Report on vaccination in Madras 1904-1921 - 1904-1921
Year: 1904
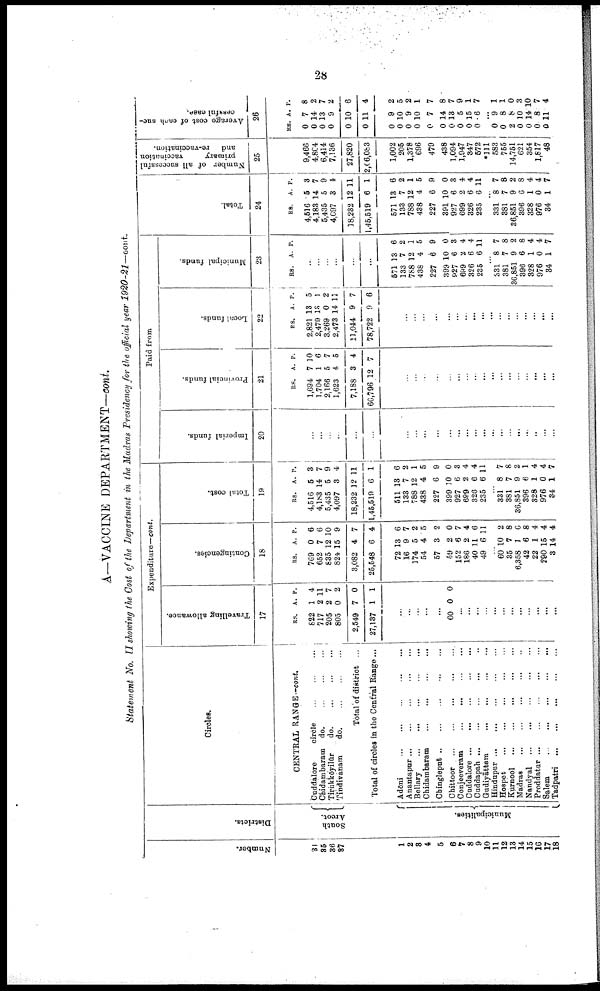
28
A—VACCINE DEPARTMENT—cont.
Statement No. II showing the Cost of the Department in the Madras Presidency for the official year 1920-21—cont.
Number.
31
35
36
37
1
2
3
4
5
6
7
8
9
10
11
12
13
14
15
16
17
18
Districts.
South
Arcot.
Municipalities.
Circles.
CENTRAL RANGE—cont.
Cuddalore
circle ... ... ...
Chidambaram do.
...
...
...
Tirukkoyilūr
do.
...
...
...
Tindivanam
do.
...
...
...
Total of district ...
Total of circles in the Central Range ...
Adōni
...
...
...
...
...
Anantapur
...
...
...
...
...
Bellary
...
...
...
...
...
Chidambaram
...
...
...
...
Chingleput
...
...
...
...
...
Chittoor
...
...
...
...
...
Conjeeveram
...
...
...
...
Cuddalore
...
...
...
...
...
Cuddapah ... ... ... ... ...
Gudiyāttam
...
...
...
...
...
Hindupur
...
...
...
...
...
Hospet
...
...
...
...
...
Kurnool ... ... ... ... ...
Madras
...
...
...
...
...
Nandyal
...
...
...
...
...
Proddatur
...
...
...
...
...
Salem
...
...
...
...
...
Tadpatri
...
...
...
...
...
Expenditure—cont.
Travelling allowance.
17
RS.
822
717
205
805
2,549
27,187
A.
1
2
2
0
7
1
P.
4
11
7
2
0
1
...
...
...
...
...
60 0 0
...
...
...
...
...
...
...
...
...
...
...
...
Contingencies.
18
RS.
769
652
835
824
3,082
25,548
72
16
174
54
57
59
152
186
40
49
A.
0
7
12
15
4
6
13
9
5
4
3
2
6
2
11
6
P.
6
6
10
9
7
4
6
7
2
5
2
0
7
4
6
11
...
60
35
6,358
42
22
290
3
10
7
1
6
1
15
14
2
8
6
8
4
4
4
Total cost.
19
RS.
4,516
4,183
5,435
4,097
18,232
1,45,519
511
133
788
438
227
399
927
699
326
235
A.
5
14
5
3
12
6
13
7
12
4
6
10
6
2
6
6
P.
3
7
9
4
11
1
6
2
1
5
9
0
3
4
4
11
...
331
381
36,851
396
328
976
34
8
7
9
6
1
0
1
7
8
2
1
4
4
7
Paid from
Imperial funds.
20
...
...
...
...
...
...
...
...
...
...
...
...
...
...
...
...
...
...
...
...
...
...
...
...
Provincial funds.
21
RS.
1,694
1,704
2,166
1,623
7,188
66,796
A.
7
1
5
4
3
12
P.
10
6
7
5
4
7
...
...
...
...
...
...
...
...
...
...
...
...
...
...
...
...
...
...
Local funds.
22
RS.
2,821
2,479
3,269
2,473
11,044
78,722
A.
13
18
0
14
9
9
P.
5
1
2
11
7
6
...
...
...
...
...
...
...
...
...
...
...
...
...
...
...
...
...
...
Municipal funds.
23
RS. A. P.
...
...
...
...
...
...
571
133
788
438
227
399
927
699
326
235
13
7
12
4
6
10
6
2
6
6
6
2
1
5
9
0
3
4
4
11
...
331
381
36,851
396
328
976
34
8
7
9
6
1
0
1
7
8
2
8
4
4
7
Total.
24
RS.
4,516
4,183
5,435
4,097
18,232
1,45,519
571
133
788
438
227
391
927
699
326
235
A.
5
14
5
3
12
6
13
7
12
4
6
10
6
2
6
6
P.
3
7
9
4
11
1
6
2
1
5
9
0
3
4
4
11
...
331
381
36,851
396
328
976
34
8
7
9
6
1
0
1
7
8
2
8
4
4
7
Number of all successful
primary
vaccination
and
re-vaccination.
25
9,466
4,804
6,414
7,136
27,820
2,06,083
1,002
205
1,378
696
479
438
1,094
1,947
347
572
*111
583
755
14,751
621
354
1,817
48
Average cost of each suc-
cessful
case.
26
RS.
0
0
0
0
0
0
0
0
0
0
0
0
0
0
0
0
A.
7
14
13
9
10
11
9
10
9
10
7
14
13
5
15
6
P.
8
2
7
2
6
4
2
5
2
1
7
8
7
9
1
7
...
0
0
2
0
0
0
0
9
8
8
10
14
8
11
1
1
0
3
10
7
4